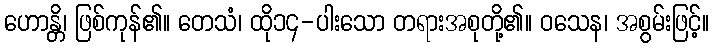
ဟောန္တိ၊ ဖြစ်ကုန်၏။ တေသံ၊ ထို၁၄-ပါးသော တရားအစုတို့၏။ ဝသေန၊ အစွမ်းဖြင့်။